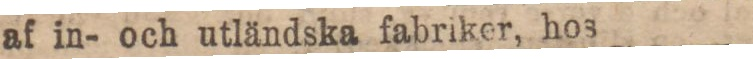
af in- och utländska fabriker, hos